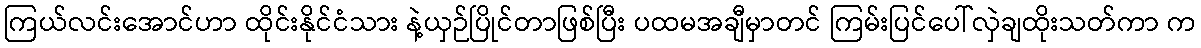
ကြယ်လင်းအောင်ဟာ ထိုင်းနိုင်ငံသား နဲ့ယှဉ်ပြိုင်တာဖြစ်ပြီး ပထမအချီမှာတင် ကြမ်းပြင်ပေါ်လှဲချထိုးသတ်ကာ က